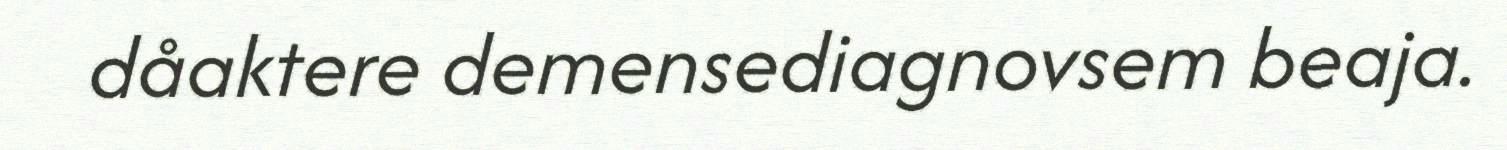
dåaktere demensediagnovsem beaja.